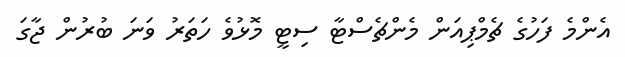
އެންމެ ފަހުގެ ޗެމްޕިއަން މެންޗެސްޓާ ސިޓީ މޮޅުވެ ހަތަރު ވަނަ ބުރުން ޖާގަ